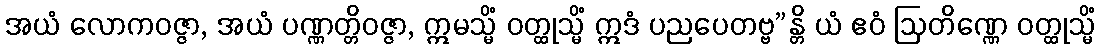
အယံ လောကဝဇ္ဇာ, အယံ ပဏ္ဏတ္တိဝဇ္ဇာ, ဣမသ္မိံ ဝတ္ထုသ္မိံ ဣဒံ ပညပေတဗ္ဗ”န္တိ ယံ ဧဝံ ဩတိဏ္ဏေ ဝတ္ထုသ္မိံ